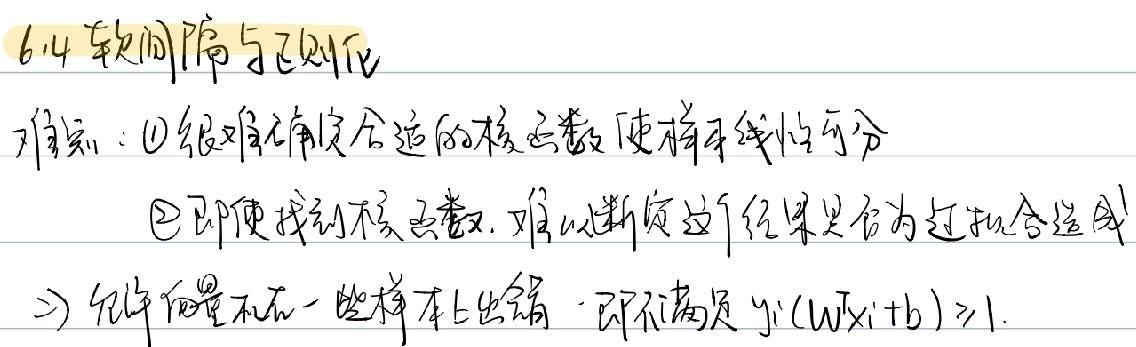
6.14 软间隔与正则化
难点：$\textcircled{1}$很难确定合适的核函数使样本线性可分
$\textcircled{2}$即使找到核函数，难以断定这个结果是否为过拟合造成
=> 允许向量在一些样本上出错，即不满足 $y_i(W^Tx_i + b) \geq 1$